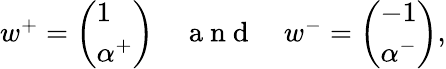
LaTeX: \begin{array}{r}{w^{+}=\left(\begin{array}{l}{1}\\ {\alpha^{+}}\end{array}\right)\quad\mathrm{~a~n~d~}\quad w^{-}=\left(\begin{array}{l}{-1}\\ {\alpha^{-}}\end{array}\right),}\end{array}